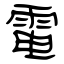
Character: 電